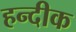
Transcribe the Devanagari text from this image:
हन्दीक